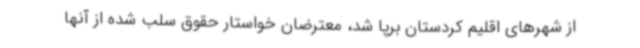
از شهرهای اقلیم کردستان برپا شد، معترضان خواستار حقوق سلب شده از آنها